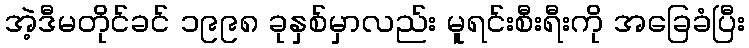
အဲ့ဒီမတိုင်ခင် ၁၉၉၈ ခုနှစ်မှာလည်း မူရင်းစီးရီးကို အခြေခံပြီး